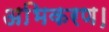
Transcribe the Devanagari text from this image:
अभिकरण।